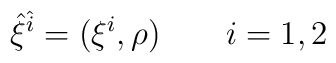
{\hat \xi}^{\hat i}= (\xi^i,\rho)\qquad i=1,2